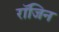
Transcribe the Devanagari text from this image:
रॉजिन